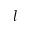
l